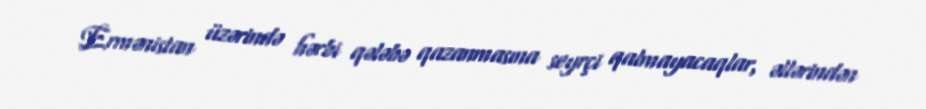
Ermənistan üzərində hərbi qələbə qazanmasına seyrçi qalmayacaqlar, əllərindən